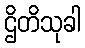
ဌိတိသုခါ